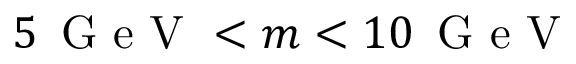
5 \, \mathrm { ~ G ~ e ~ V ~ } < m < 1 0 \, \mathrm { ~ G ~ e ~ V ~ }